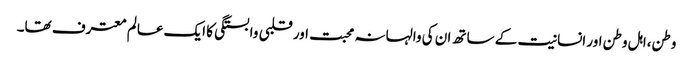
وطن،اہل وطن اور انسانیت کے ساتھ ان کی والہانہ محبت اور قلبی وابستگی کا ایک عالم معترف تھا۔